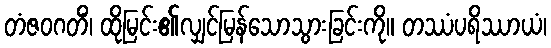
တံဇဝဂတိံ၊ ထိုမြင်း၏လျှင်မြန်သောသွားခြင်းကို။ တဿံပရိဿာယံ၊